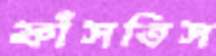
ফাঁসতিস